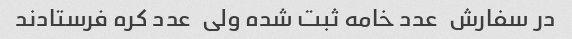
در سفارش  عدد خامه ثبت شده ولی  عدد کره فرستادند